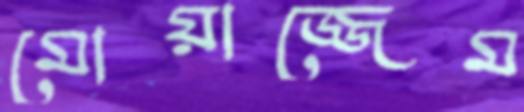
মোয়াজ্জেম